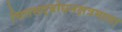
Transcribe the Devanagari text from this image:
चित्तसद्बोधनक्षत्रमाला